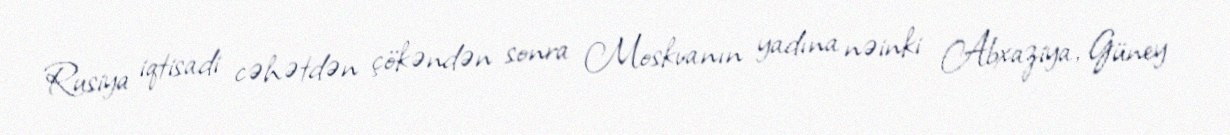
Rusiya iqtisadi cəhətdən çökəndən sonra Moskvanın yadına nəinki Abxaziya, Güney